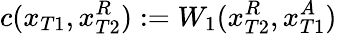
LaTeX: c(x_{T1},x_{T2}^{R}):=W_{1}(x_{T2}^{R},x_{T1}^{A})